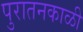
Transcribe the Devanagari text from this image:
पुरातनकाळी